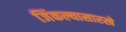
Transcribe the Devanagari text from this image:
जिंकल्यासारखे